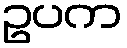
ဥပက